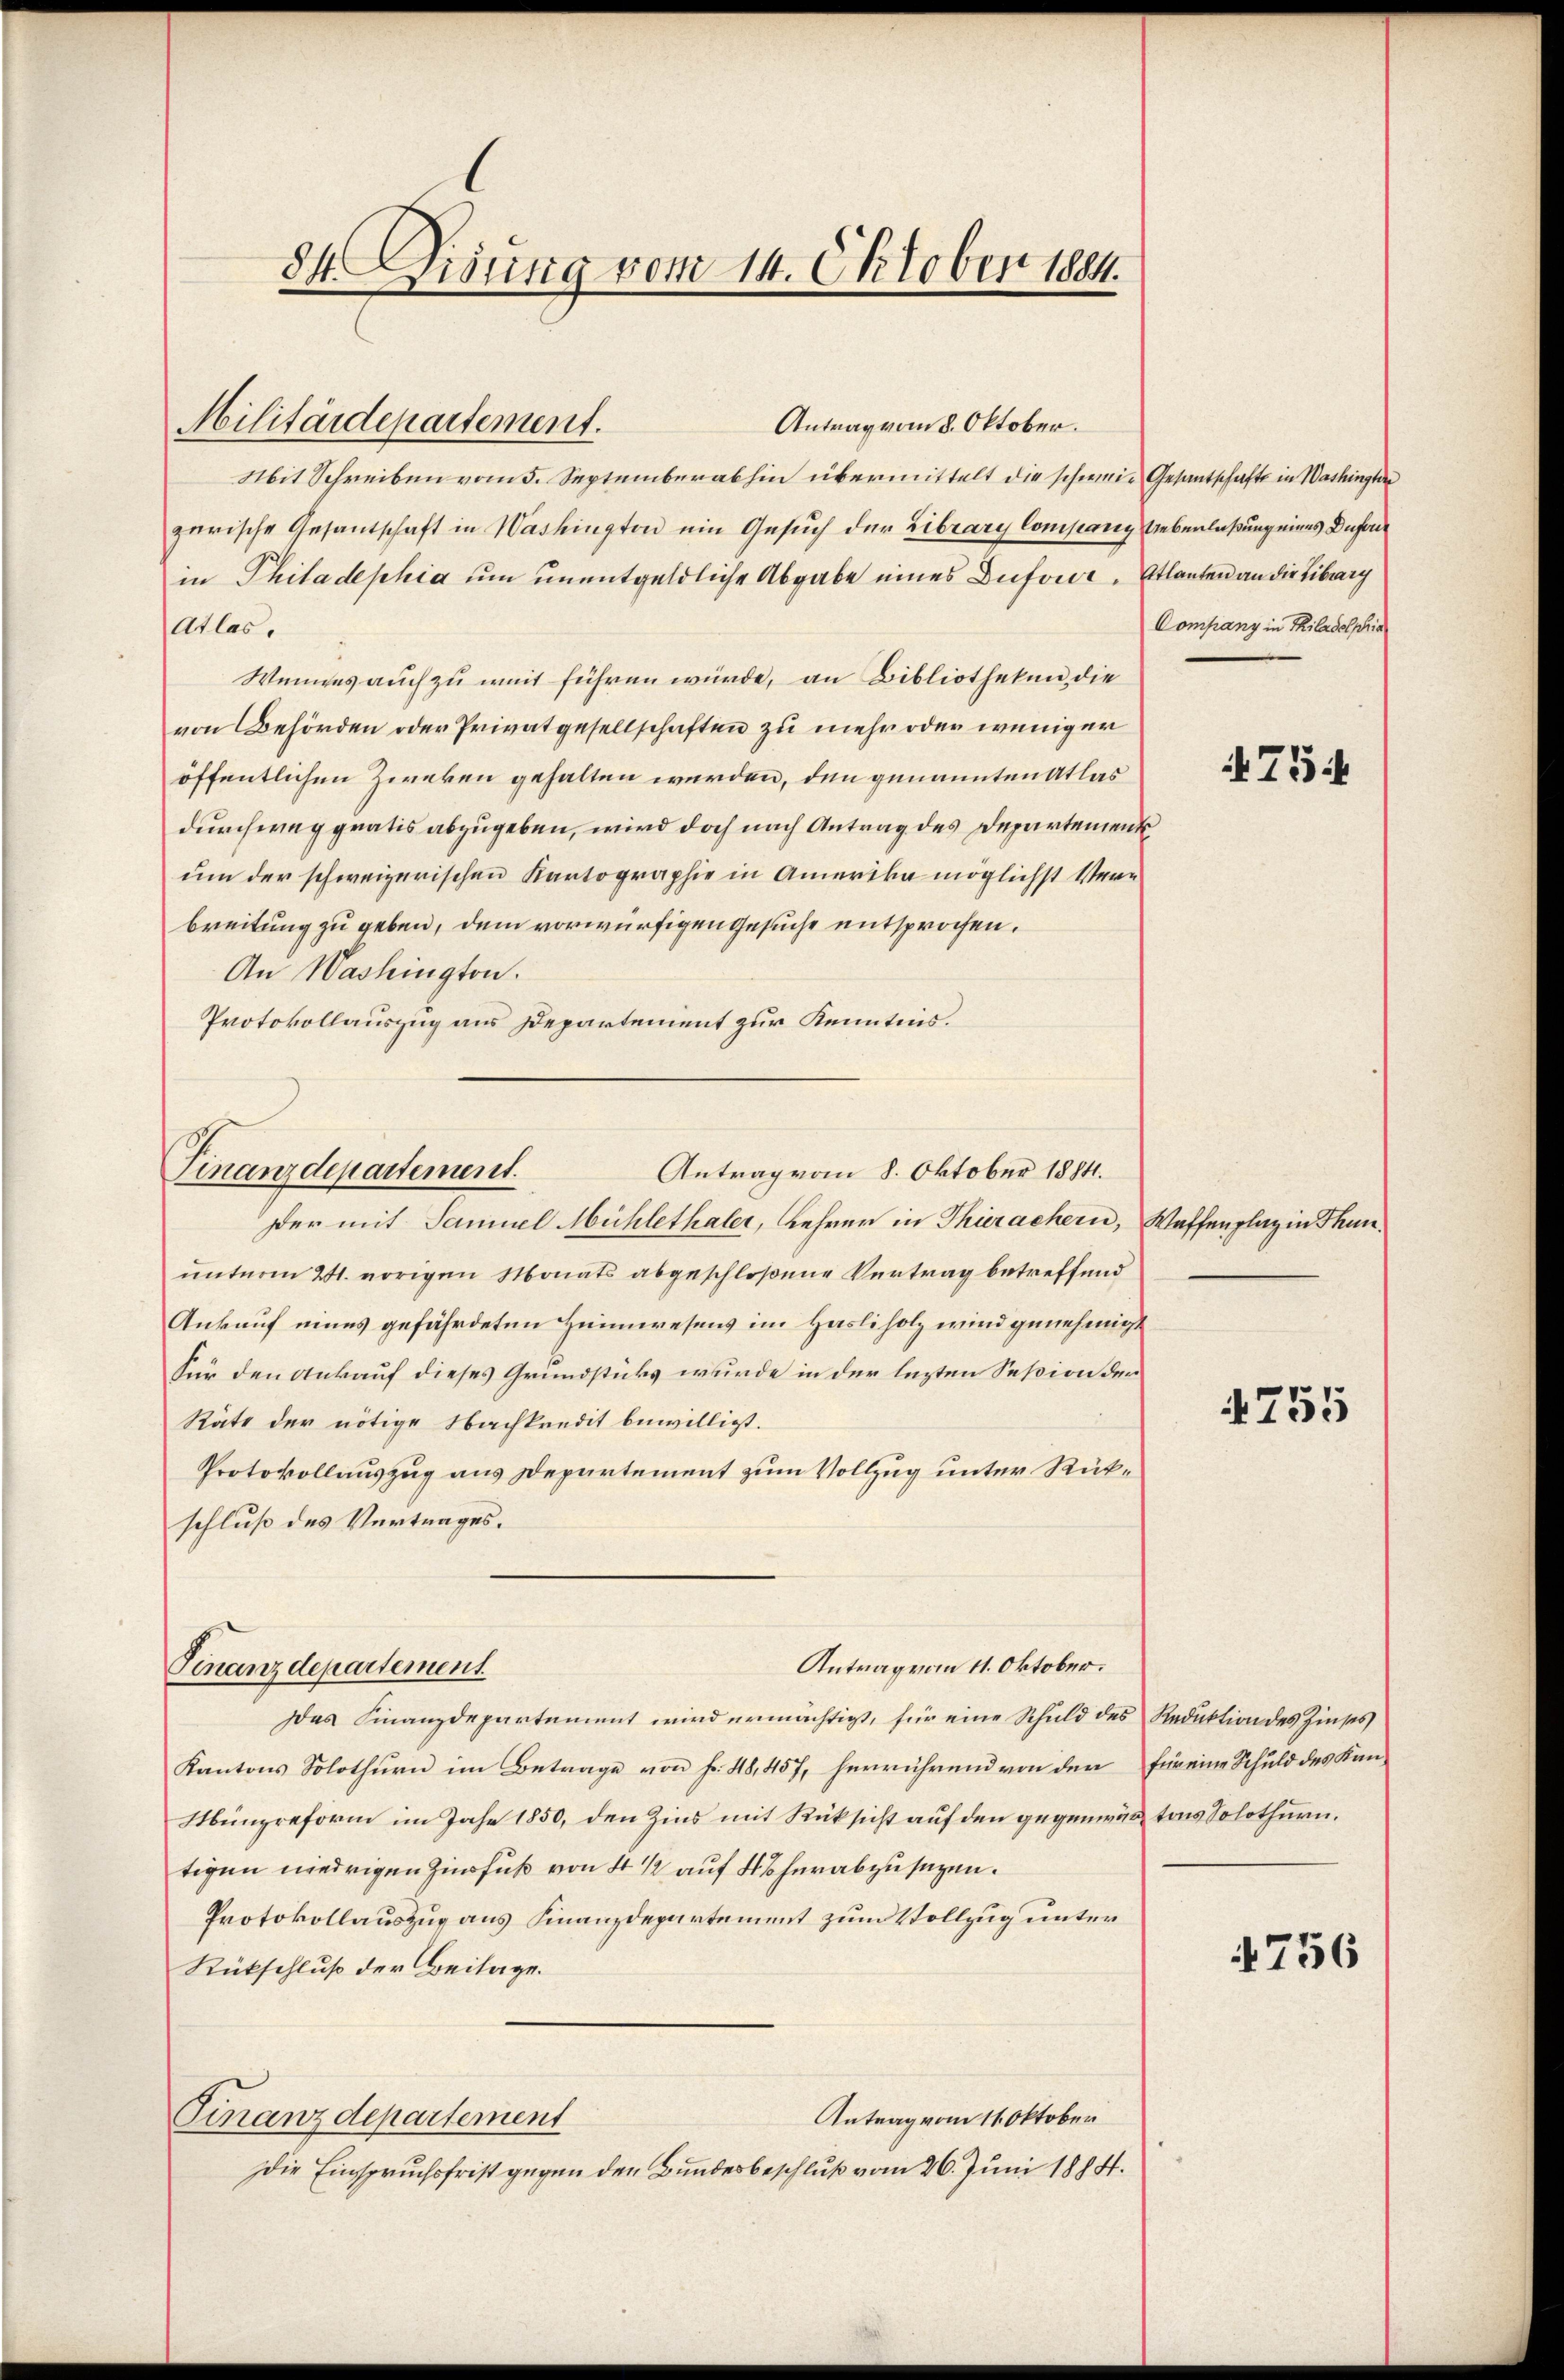
84. Disung vom 14. Oktober 1884.

Mit Schreiben vom 5. September abhin übermittelt die schwein Gesantschafte in Washingter
zerische Gesantschaft in Washington ein Gesŭch der Eibrary Company Ueberlaßung eines Duforin Philadephia um unentgeldliche Abgabe eines Duforde. Etlanten an die Liburg
atlas.
Wennes auch zu weit führen würde, an Bibliotheken, die
von Behörden oder Privatgesellschaften zu mehr oder weniger
öffentlichen Zwecken gehalten werden, den genannten Atlas
durchweg gratis abzugeben, wird doch nach Antrag des Departement
um der schweizerischen Kartographie in Amerika möglichst Verbreitung zu geben, dem vorwürfigen Gesuche entsprochen.
An Washington.
Protokollauszug aus Departement zur Kenntnis.

Militärdepartement.

Finanzdepartement.
Antrag vom 8. Oktober 1884.
Der mit Samuel Mühlethaler, Lehrer in Thierachern, Waffenplaz in Thun¬

Finanzdepartement.

Antrag vom 8. Oktober.

unterm 21. vorigen Monats abgeschloßene Vertrag betreffend
Ankauf eines gefährdeten Heimwesens im Hasliholz wird genehmigt
Für den Ankauf dieses Grundstücks wurde in der lezten Session der
Räte der nötige Nachkredit bewilligt.
Protokollauszug aus Departement zum Vollzug unter Rückschluß des Vertrages.
Das Finanzdepartement wird ermächtigt, für eine Schuld des Reduktion des Zinses
Kantons Solothurn im Betrage von fr. 48, 457, herrührend von den für eine Schuld des Kan-
Münzreform im Jahr 1850, den Zins mit Rücksicht auf den gegenwäg tons Solothurn.
tigen niedrigen Zinsfuß von 4 ½ auf 4 herabzusezen.
Protokollauszug aus Finanzdepartement zum Vollzug unter
Rückschluß der Beilage.
Antrag vom 11. Oktober
Finanzdepartement
Die Einspruchsfrist gegen den Bundesbeschluß vom 26. Juni 1884.

Antrag vom 11. Oktober.

Company in Philadelphia

755.

755

4756